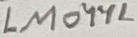
Text: LM044L